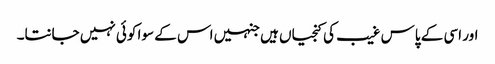
اور اسی کے پاس غیب کی کنجیاں ہیں جنہیں اس کے سوا کوئی نہیں جانتا۔